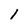
Character: l